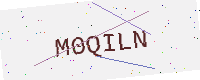
Text: M0QILN